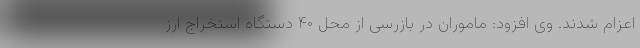
اعزام شدند. وی افزود: ماموران در بازرسی از محل ۴۰ دستگاه استخراج ارز